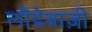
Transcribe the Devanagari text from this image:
लौंडेबाज़ी